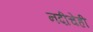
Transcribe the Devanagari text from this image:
नदीचेही